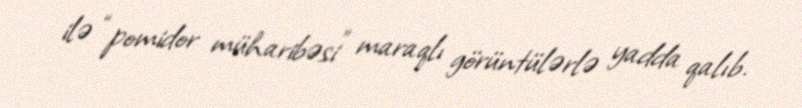
ilə “pomidor müharibəsi” maraqlı görüntülərlə yadda qalıb.